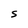
Character: S